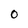
Character: 0